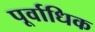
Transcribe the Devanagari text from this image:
पूर्वाधिक